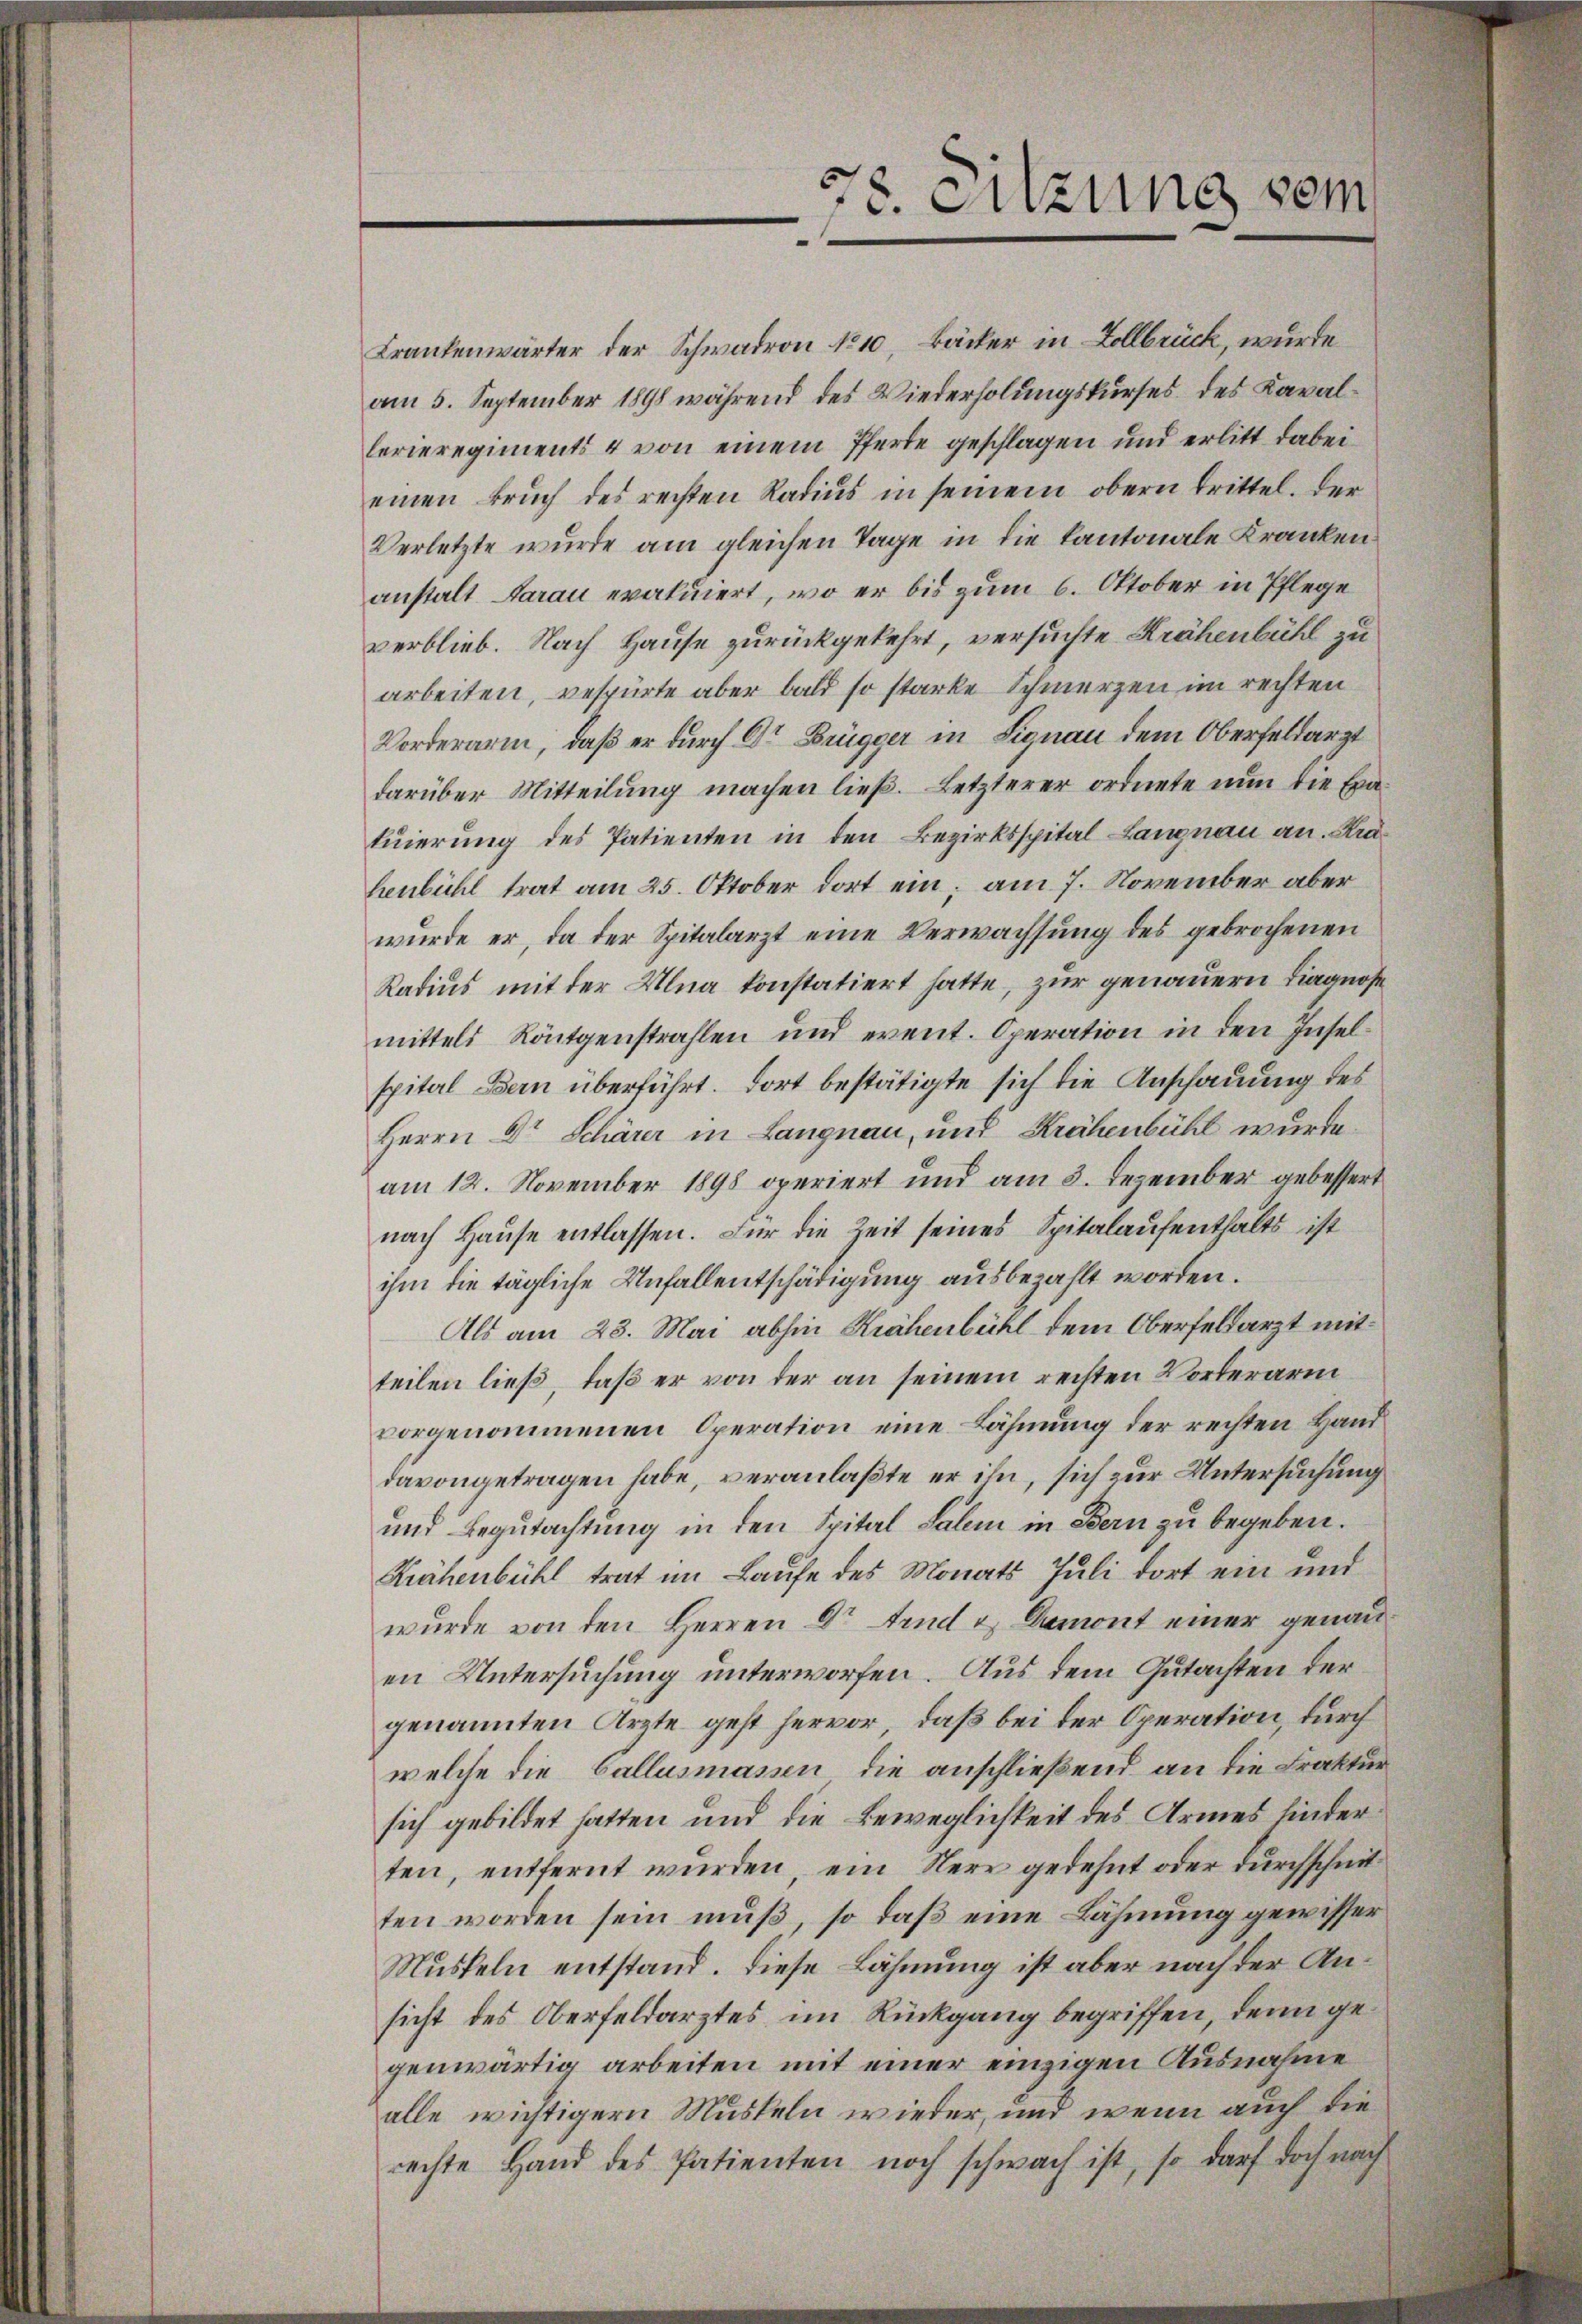
.
8. Sitzung sein

Krankenwärter der Schwadron No 10, Bäcker in Zollbrück, wurde
am 5. September 1898 während des Wiederholungskurses des Kavallerieregiments & von einem Pferte geschlagen und erlitt dabei
einen Bruch des rechten Radius in seinem obern trittel. Der
Verletzte wurde am gleichen Tage in die Kantonale Kranken
anstalt darau evakuiert, wo er bis zum 6. Oktober in Pflege
verblieb. Nach Hause zurückgekehrt, versuchte Krähenbühl zu
arbeiten, bespürte aber bald so starke Schmerzen im rechten
Vorderarin, daß er durch Dr Brügger in Signau dem Oberfeldarzt
darüber Mitteilung machen ließ. Letzterer ordnete nun die Exa
tuierung des Patienten in den Bezirksspital Langnau an. Krähenbühl trat am 25. Oktober dort ein; am 7. November aber
wurde er, da der Spitalarzt eine Verwachsung des gebrochenen
Radius mit der Ulna konstatiert hatte, zur genauern Liagnost
mittels Röntgenstrahlen und event. Operation in den Inselspital Bern überführt. Dort bestätigte sich die Anschauung des
Herrn Dr Schärer in Langnau, und Krähenbühl wurde.
am 12. November 1898 operiert und am 3. Dezember gebessert
nach Haŭse entlassen. Für die Zeit seines Spitalaufenthalts ist
ihm die tägliche Unfallentschädigung ausbezahlt worden.
Als am 23. Mai abhin Krähenbühl dem Oberfeldarzt mit
teilen ließ, daß er von der an seinem rechten Vorberarm
vorgenommenen Operation eine Lähmung der rechten Hand
davongetragen habe, veranlaßte er ihn, sich zur Untersuchung
und Begutachtung in den Spital Salem in Bern zu begeben.
Krähenbühl trat im Laufe des Monats Juli dort ein und
wurde von den Herren Dr Arnd u. Demont einer genau
en Untersuchung unterworfen. Aus dem Gutachten der
genannten Arzte geht hervor, daß bei der Operation, durch
welche die Callusmassen die anschließend an die Fraktur
sich gebildet hatten und die Beweglichkeit des Armes linderten, entfernt wurden, ein Nerr gedehnt oder durchschnit
ten worden sein muß, so daß eine Lähmung gewisser
Muskeln entstand. Diese Lähmung ist aber nach der Ansicht des Oberfeldarztes im Rückgang begriffen, denn gegenwärtig arbeiten mit einer einzigen Ausnahme
alle wichtigern Muskeln wieder, und wenn auch die
rechte Hand des Patienten noch schwach ist, so darf doch nach